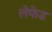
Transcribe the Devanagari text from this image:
लेफेड